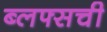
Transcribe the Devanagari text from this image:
ब्लफ्सची